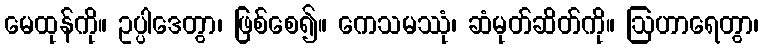
မေထုန်ကို။ ဥပ္ပါဒေတွာ၊ ဖြစ်စေ၍။ ကေသမဿုံ၊ ဆံမုတ်ဆိတ်ကို။ ဩဟာရေတွာ၊